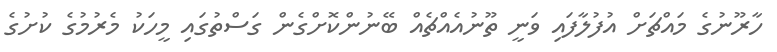
ހާރޫނުގެ މައްޗަށް އުފުލާފައި ވަނީ ތޫނުއެއްޗެއް ބޭނުންކޮށްގެން ގަސްތުގައި މީހަކު މެރުމުގެ ކުށުގެ